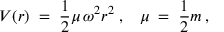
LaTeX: V ( r ) \; = \; \frac { 1 } { 2 } \mu \, \omega ^ { 2 } r ^ { 2 } \; , \; \; \; \mu \; = \; \frac { 1 } { 2 } m \, ,